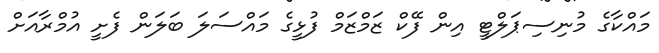
މައްކާގެ މުނިސިޕަލްޓީ އިން ފޭކް ޒަމްޒަމް ފުޅީގެ މައްސަލަ ބަލަން ފެށީ އުމްރާއަށް